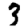
Digit: 3